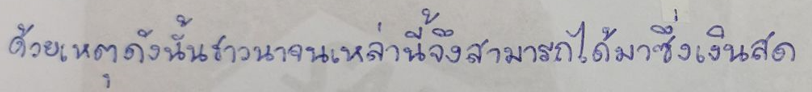
ด้วยเหตุดังนั้นชาวนาจนเหล่านี้จึงสามารถได้มาซึ่งเงินสด